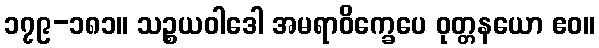
၁၇၉-၁၈၁။ သဉ္စယဝါဒေါ အမရာဝိက္ခေပေ ဝုတ္တနယော ဧဝ။